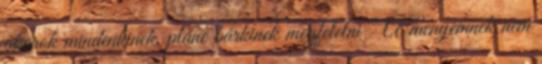
akarok mindenkinek, pláne bárkinek megfelelni " A menyemnek nem